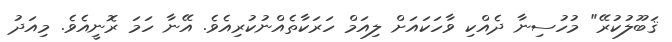
ޤަބޫލުކުރޭ" މުހުސިނާ ދެއްކި ވާހަކައަށް ލިއަމް ހަރަކާތެއްނުކުރިއެވެ. އޭނާ ހަމަ ރޮނީއެވެ. މިއަދު